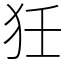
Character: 狅